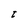
Character: t